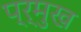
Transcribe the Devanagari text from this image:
प्र्मुख